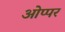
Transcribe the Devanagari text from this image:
ओप्पर